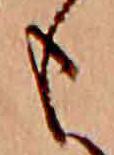
も